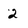
Character: 2